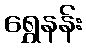
ရွှေနန်း